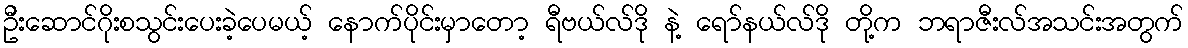
ဦးဆောင်ဂိုးစသွင်းပေးခဲ့ပေမယ့် နောက်ပိုင်းမှာတော့ ရီဗယ်လ်ဒို နဲ့ ရော်နယ်လ်ဒို တို့က ဘရာဇီးလ်အသင်းအတွက်